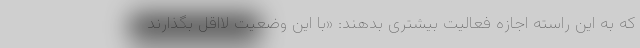
که به این راسته اجازه فعالیت بیشتری بدهند: «با این وضعیت لااقل بگذارند